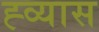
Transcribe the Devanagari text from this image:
ह्व्यास